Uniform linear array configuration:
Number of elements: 48
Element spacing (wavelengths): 0.75
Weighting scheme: exponential
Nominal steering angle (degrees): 60
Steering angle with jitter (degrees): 58.828
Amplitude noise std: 0.05
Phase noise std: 0.05

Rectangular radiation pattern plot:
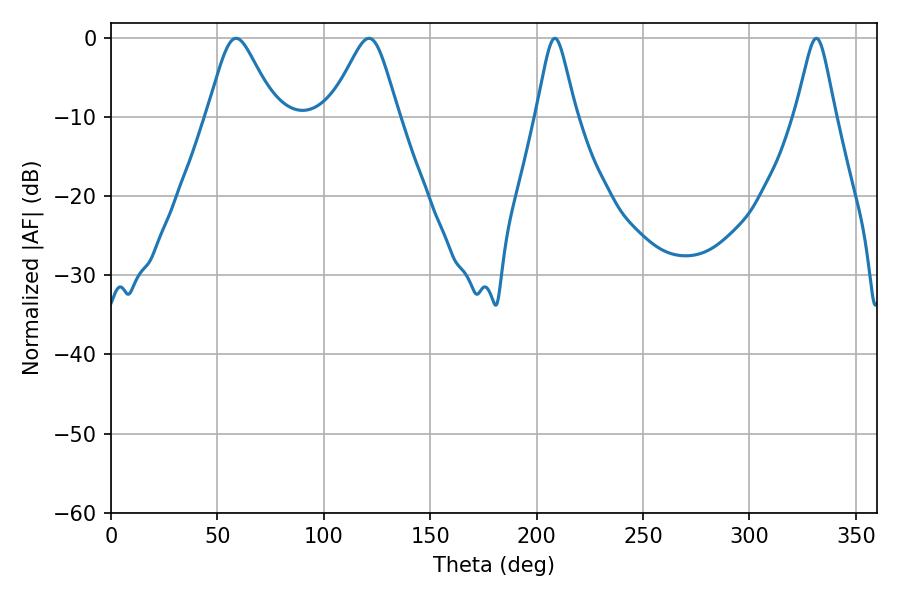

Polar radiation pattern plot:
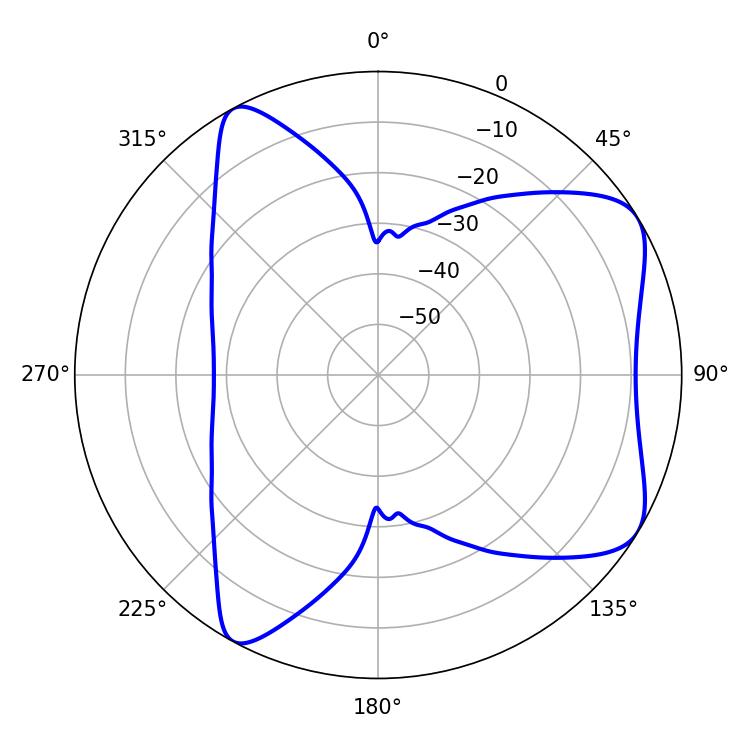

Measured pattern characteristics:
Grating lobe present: TRUE
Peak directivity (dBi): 6.895
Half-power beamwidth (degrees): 15.48
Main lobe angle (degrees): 58.86